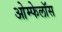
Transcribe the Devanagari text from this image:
ओम्फेलॉस